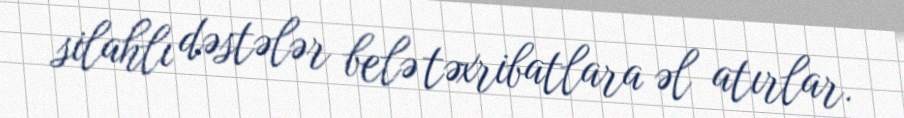
silahlı dəstələr belə təxribatlara əl atırlar.